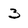
Character: 3